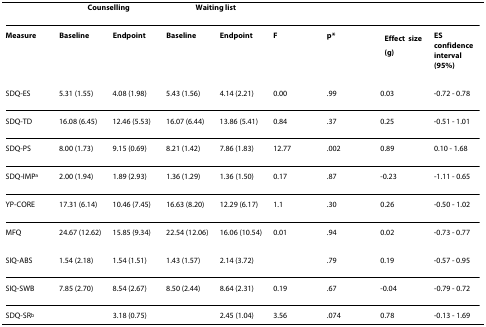
<table><thead><tr><td></td><td colspan="2"><b>Counselling</b></td><td colspan="2"><b>Waiting list</b></td><td></td><td></td><td></td><td></td></tr></thead><tbody><tr><td><b>Measure</b></td><td><b>Baseline</b></td><td><b>Endpoint</b></td><td><b>Baseline</b></td><td><b>Endpoint</b></td><td><b>F</b></td><td><b>p*</b></td><td><b>Effect size (<i>g</i>)</b></td><td><b>ES confidence interval (95%)</b></td></tr><tr><td>SDQ-ES</td><td>5.31 (1.55)</td><td>4.08 (1.98)</td><td>5.43 (1.56)</td><td>4.14 (2.21)</td><td>0.00</td><td>.99</td><td>0.03</td><td>-0.72 - 0.78</td></tr><tr><td>SDQ-TD</td><td>16.08 (6.45)</td><td>12.46 (5.53)</td><td>16.07 (6.44)</td><td>13.86 (5.41)</td><td>0.84</td><td>.37</td><td>0.25</td><td>-0.51 - 1.01</td></tr><tr><td>SDQ-PS</td><td>8.00 (1.73)</td><td>9.15 (0.69)</td><td>8.21 (1.42)</td><td>7.86 (1.83)</td><td>12.77</td><td>.002</td><td>0.89</td><td>0.10 - 1.68</td></tr><tr><td>SDQ-IMP<sup>a</sup></td><td>2.00 (1.94)</td><td>1.89 (2.93)</td><td>1.36 (1.29)</td><td>1.36 (1.50)</td><td>0.17</td><td>.87</td><td>-0.23</td><td>-1.11 - 0.65</td></tr><tr><td>YP-CORE</td><td>17.31 (6.14)</td><td>10.46 (7.45)</td><td>16.63 (8.20)</td><td>12.29 (6.17)</td><td>1.1</td><td>.30</td><td>0.26</td><td>-0.50 - 1.02</td></tr><tr><td>MFQ</td><td>24.67 (12.62)</td><td>15.85 (9.34)</td><td>22.54 (12.06)</td><td>16.06 (10.54)</td><td>0.01</td><td>.94</td><td>0.02</td><td>-0.73 - 0.77</td></tr><tr><td>SIQ-ABS</td><td>1.54 (2.18)</td><td>1.54 (1.51)</td><td>1.43 (1.57)</td><td>2.14 (3.72)</td><td></td><td>.79</td><td>0.19</td><td>-0.57 - 0.95</td></tr><tr><td>SIQ-SWB</td><td>7.85 (2.70)</td><td>8.54 (2.67)</td><td>8.50 (2.44)</td><td>8.64 (2.31)</td><td>0.19</td><td>.67</td><td>-0.04</td><td>-0.79 - 0.72</td></tr><tr><td>SDQ-SR<sup>b</sup></td><td></td><td>3.18 (0.75)</td><td></td><td>2.45 (1.04)</td><td>3.56</td><td>.074</td><td>0.78</td><td>-0.13 - 1.69</td></tr></tbody></table>